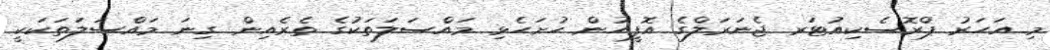
މި އަހަރު ޕްރޮސެކިއުޓަރ ޖެނަރަލްގެ އޮފީހުން ހުށަހެޅި މައްސަލަތަކުގެ ތެރެއިން ގިނަ މައްސަލަތަކަކީ